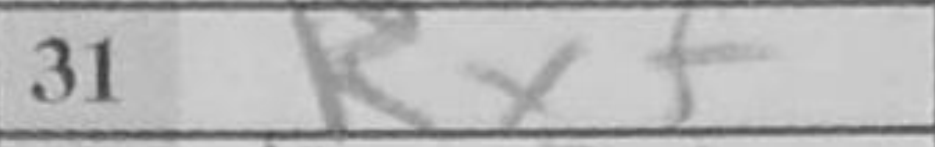
Transcription: Rxf